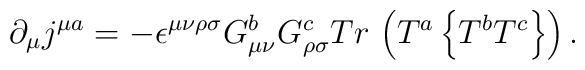
\partial _{\mu }j^{\mu a}=-\epsilon ^{\mu \nu \rho \sigma }G_{\mu \nu}^{b}G_{\rho \sigma }^{c}Tr\,\left( T^{a}\left\{ T^{b}T^{c}\right\}\right) .